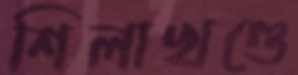
শিলাখণ্ডে